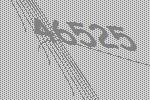
46525